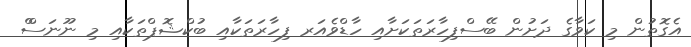
އެގޮތުން މި ކަވާގެ ދަށުން ބޭސްފިހާރަތަކަށާއި ހާޑްވެއަރ ފިހާރަތަކާއި ބުކްޝޮޕްތަކާއި މި ނޫނަސްް